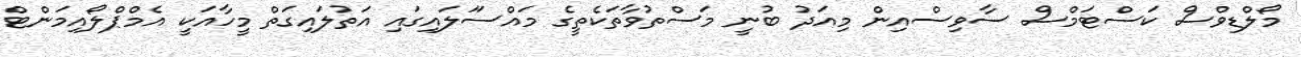
މޯލްޑިވްސް ކަސްޓަމްސް ސާވިސްއިން މިއަދު ބުނީ މަސްތުވާތަކެތީގެ މައްސަަލައިގައި އަތުލައިގަތް މީހާއަކީ އެމްޕްލޯއިމަންޓް